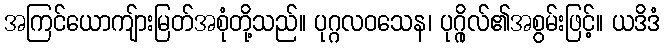
အကြင်ယောကျ်ားမြတ်အစုံတို့သည်။ ပုဂ္ဂလဝသေန၊ ပုဂ္ဂိုလ်၏အစွမ်းဖြင့်။ ယဒိဒံ